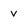
Character: V